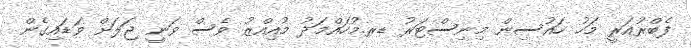
ފެބްރުއަރީ މަހު ހައުސިން މިނިސްޓަރު ޑރ.މުހައްމަދު މުއިއްޒު ވެސް ވަނީ ޖަލަށް ވަޑައިގެން